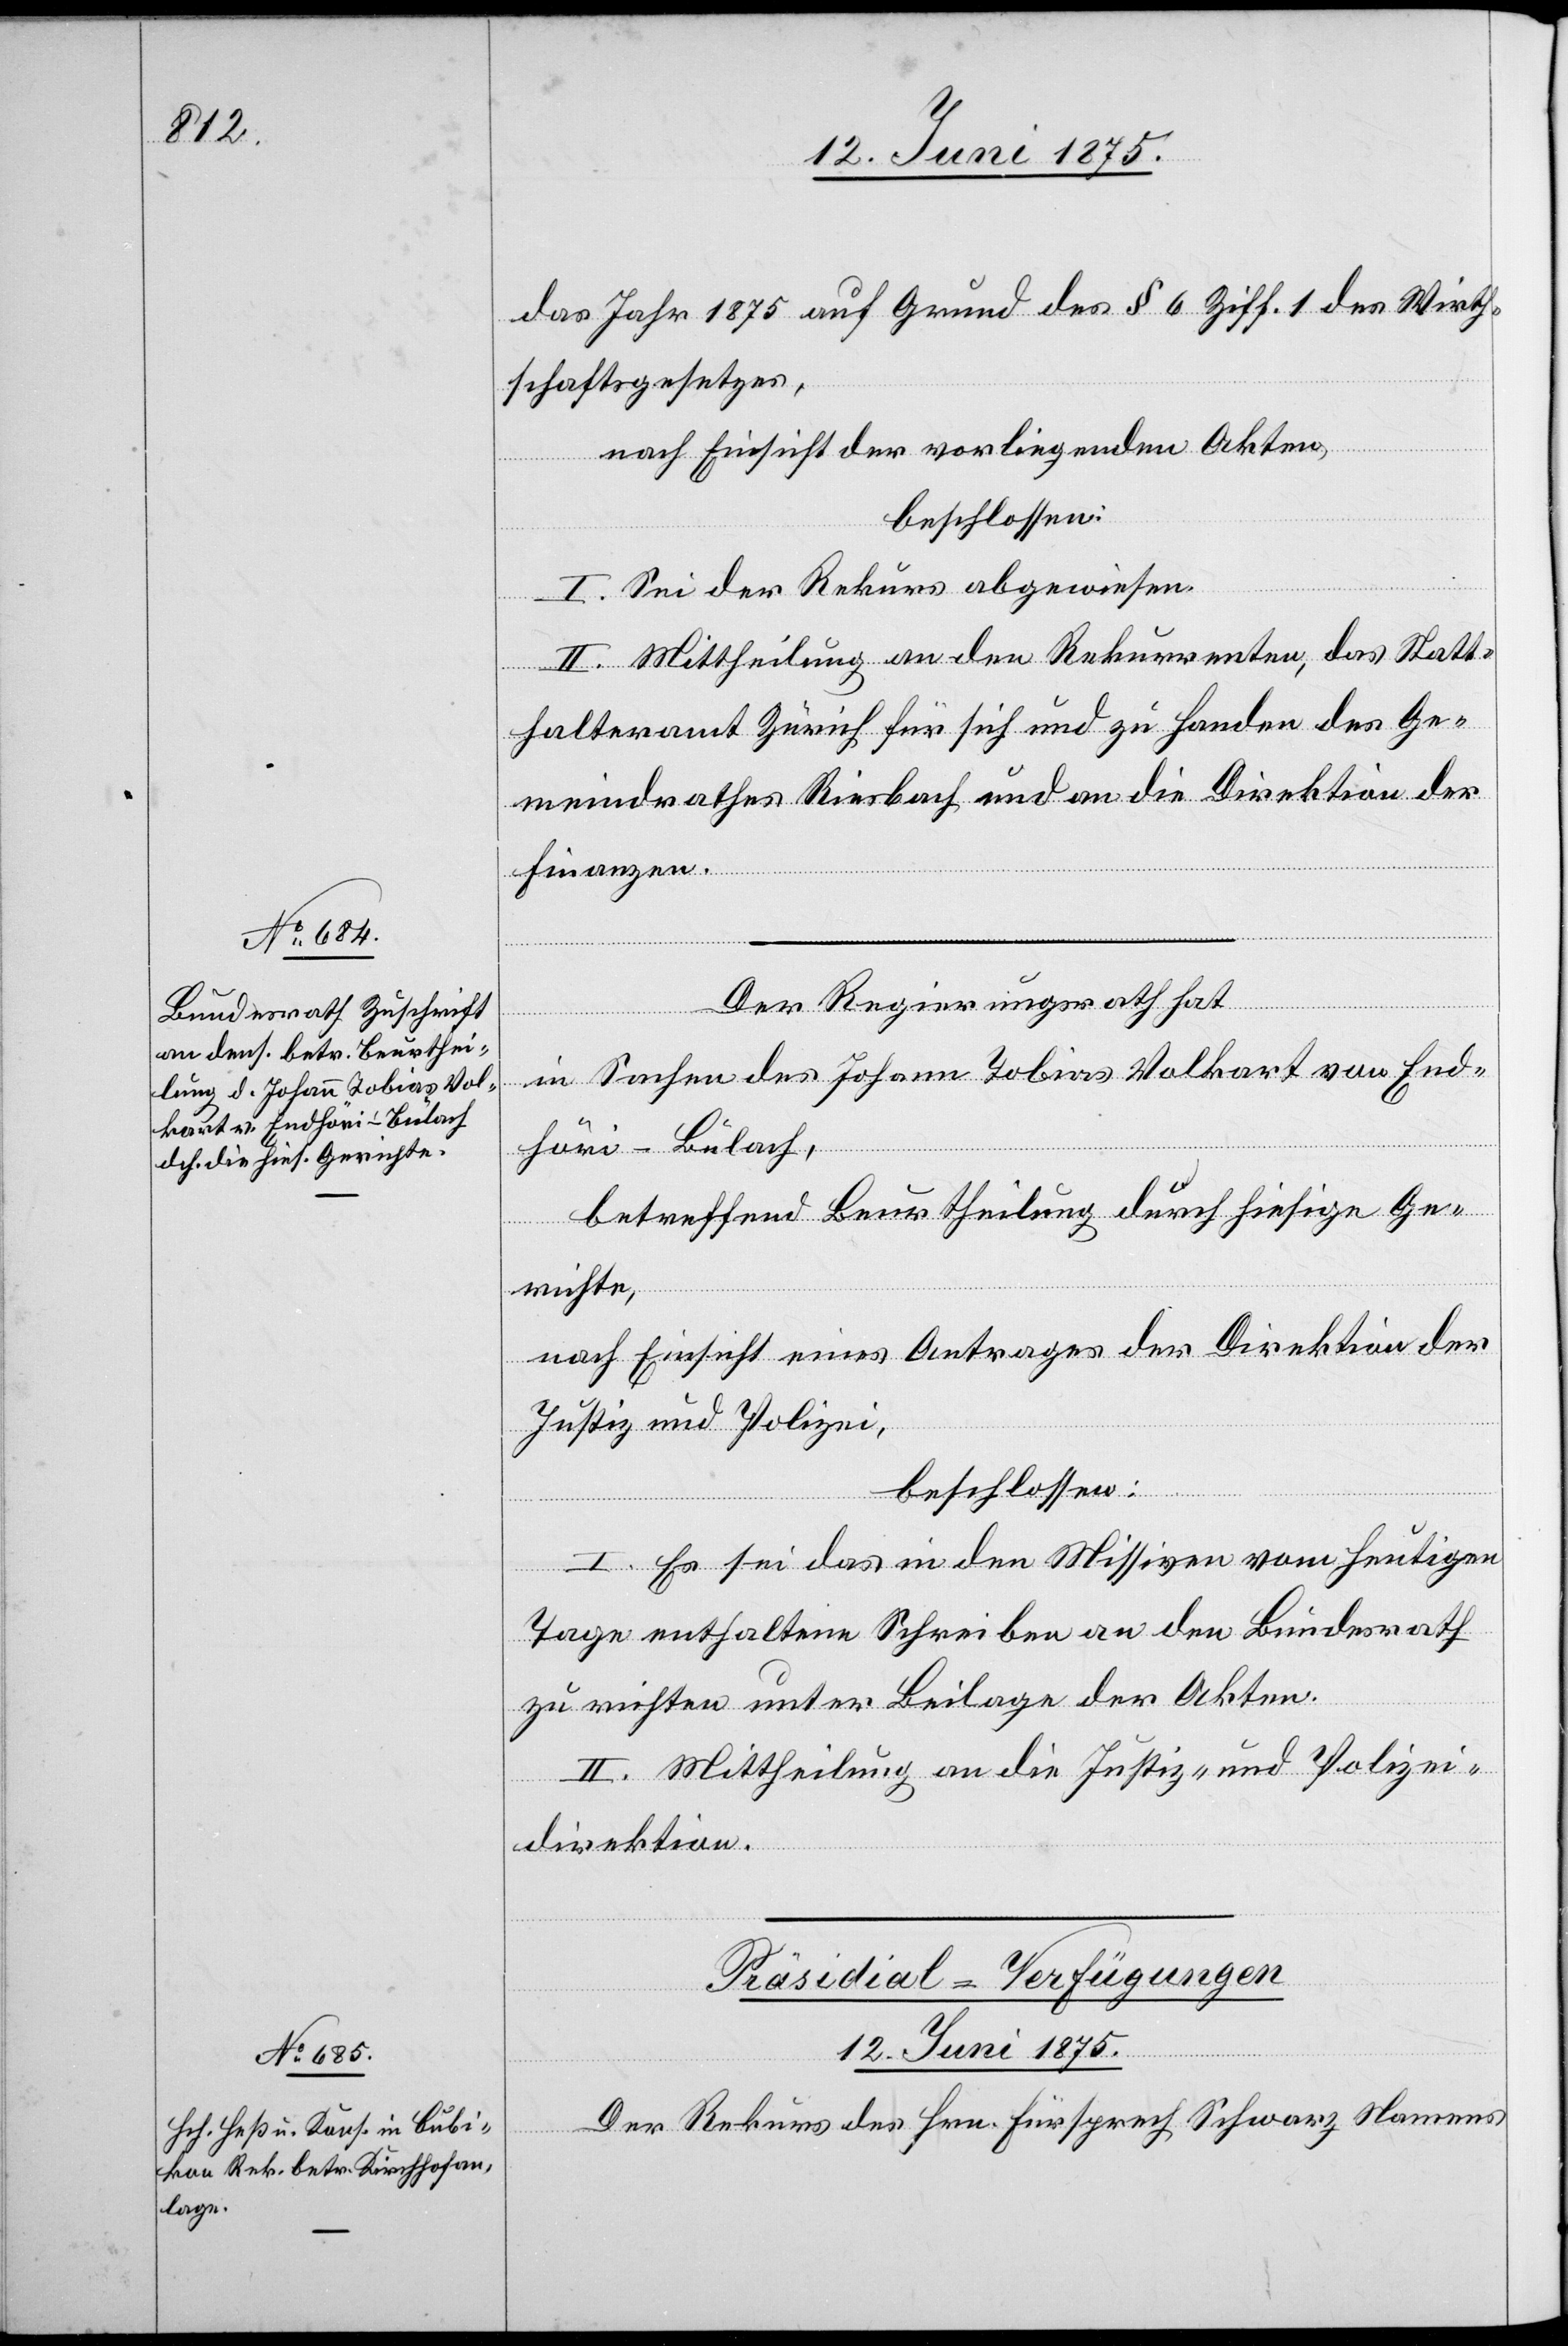
12. Juni 1875.
das Jahr 1875 auf Grund des § 6 Ziff. 1 des Wirth¬
schaftsgesetzes,
nach Einsicht der vorliegenden Akten,
beschlossen:
I. Sei der Rekurs abgewiesen.
II. Mittheilung an den Rekurrenten, das Statt¬
halteramt Zürich für sich und zu Handen des Ge¬
meindrathes Riesbach und an die Direktion der
Finanzen.
Der Regierungsrath hat
in Sachen des Johann Tobias Volkart von End¬
höri - Bülach,
betreffend Beurtheilung durch hiesige Ge¬
richte,
nach Einsicht eines Antrages der Direktion der
Justiz und Polizei,
beschlossen:
I. Es sei das in den Missiven vom heutigen
Tage enthaltene Schreiben an den Bundesrath
zu richten unter Beilage der Akten.
II. Mittheilung an die Justiz- und Polizei¬
direktion.
Präsidial-Verfügungen
Der Rekurs des Hrn. Fürsprech Schwarz Namens